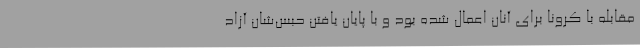
مقابله با کرونا برای آنان اعمال شده بود و با پایان یافتن حبس‌شان آزاد